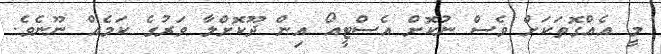
މީ އެއްގޮތަކަށް ވެސް ނުކޮށް އެސްޓީއޯ އިން ދޫކޮށްލާ ވަރުގެ ކަމެއް ނޫނެވެ.